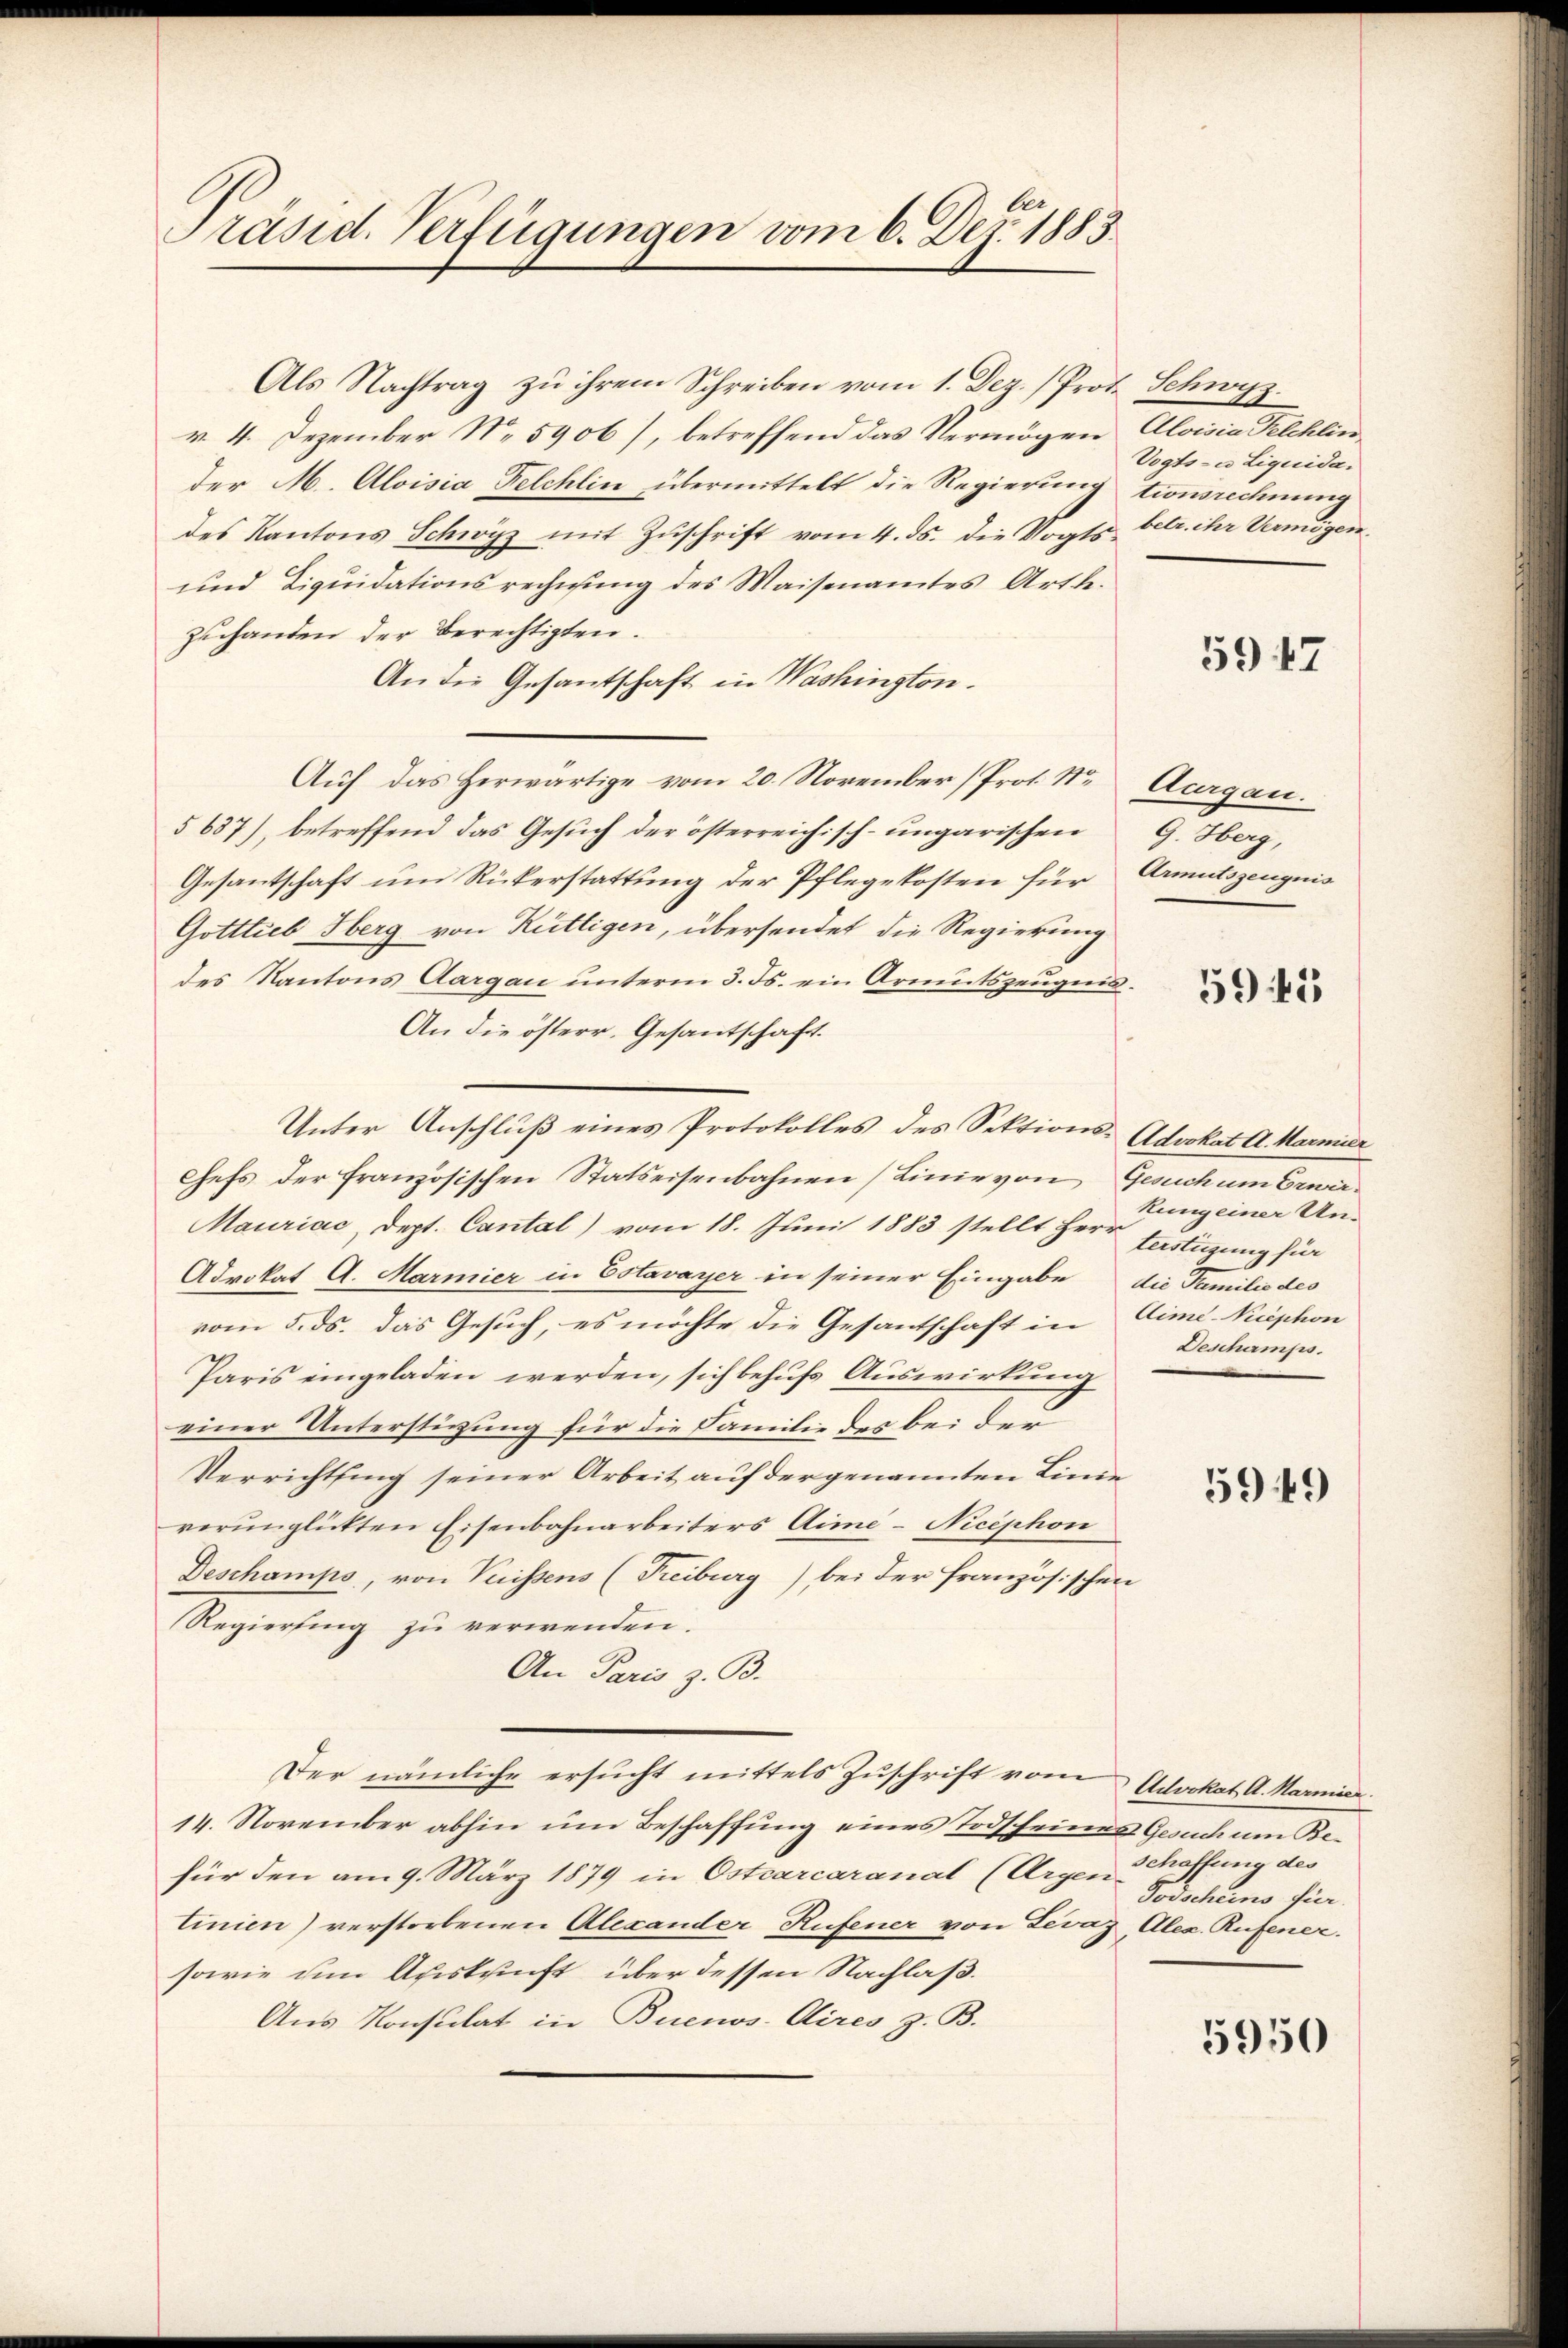
Präsid. Verfügungen vom 6. Dez. 1883.

Als Nachtrag zu ihrem Schreiben vom 1. Dez. / Prof.
v. 4. Dezember N. 5906), betreffend das Vermögen
der M. Aloisia Felchlin übermittelt die Regierung
des Kantons Schwyz mit Zŭschrift vom 4. ds. die Vogts-
und Liquidationsrechnung des Waisenamtes Art bezuhanden der Berechtigten.
An die Gesantschaft in Washington.
Auf das Herwärtige vom 20. November (Prof. Str
§ 637), betreffend das Gesuch der österreichisch-ungarischen
Gesantschaft um Rükerstattung der Pflegekosten für
Gottlieb Hberg von Rüttigen, übersendet die Regierung
des Kantons Aargau unterm 3. Js. ein Armutszeugens
An die österr. Gesantschaft.
Unter Anschluß eines Protokolles des Sektions-Afokat A. Marmier
Chefs der französischen Statseisenbahnen (Linie von
Mauriac, dept. Cantal) vom 18. Juni 1883 stellt Herr Fastüzung für
Advokat A. Marmier in Estavayer in seiner Eingabe die Familie des
vom 5. ds. das Gesuch, es möchte die Gesantschaft in
Paris eingeladen werden, sich behufs Auswirkung
einer Unterstigung für die Familie des bei der
Verrichtung seiner Arbeit auf der genannten Linie
verünglickten Eisenbahnarbeiters Aime-Nicephon
Geschamps, von Puissens (Freiburg) bei der französischen
Regierung zu verwenden.
An Paris z. B.
Der nämliche ersucht mittels Zuschrift vom
14. November abhin um Beschaffung eines Todscheines Gesuch um Befür den am 9. März 1879 in Ostcarcaranal (Argen 3 Khaffung des
tinien) verstorbenen Alexander Rufener von Levaz Alex. Rufener.
sowie um Auskunft über dessen Nachlaß.
Aus Konsulat in Buenos Aires z. B.

Schwys.
Aloisia Felchlin,
Vogts- u Liquidationsrechnung
betr. ihr Vermögen.

5947

Aurgau.
G. Herg,
Armutszeugnis

5945

Gesuch um Erwirkung einer Un¬
Aime-Niephon
Deschamps.

5949

Advokat A. Marmier
Todscheins für

5950